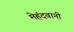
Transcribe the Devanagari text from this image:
मेहंदवानी